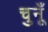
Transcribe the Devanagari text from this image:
चुनूँ